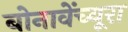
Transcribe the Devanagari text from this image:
बोनावेंच्यूरा